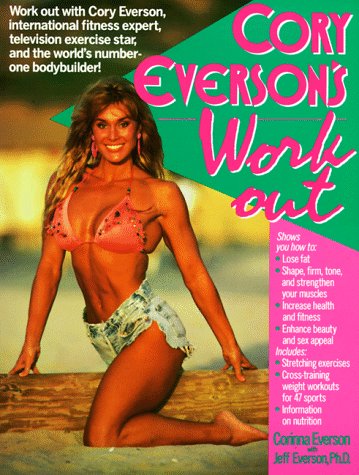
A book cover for Cory Everson's Workout; Cory Everson; Health, Fitness & Dieting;